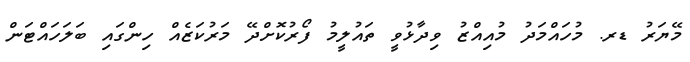
މޭޔަރު ޑރ. މުހައްމަދު މުއިއްޒު ވިދާޅުވީ ތައުލީމު ފޯރުކޮށްދޭ މަރުކަޒެއް ހިންގައި ބަލަހައްޓަން